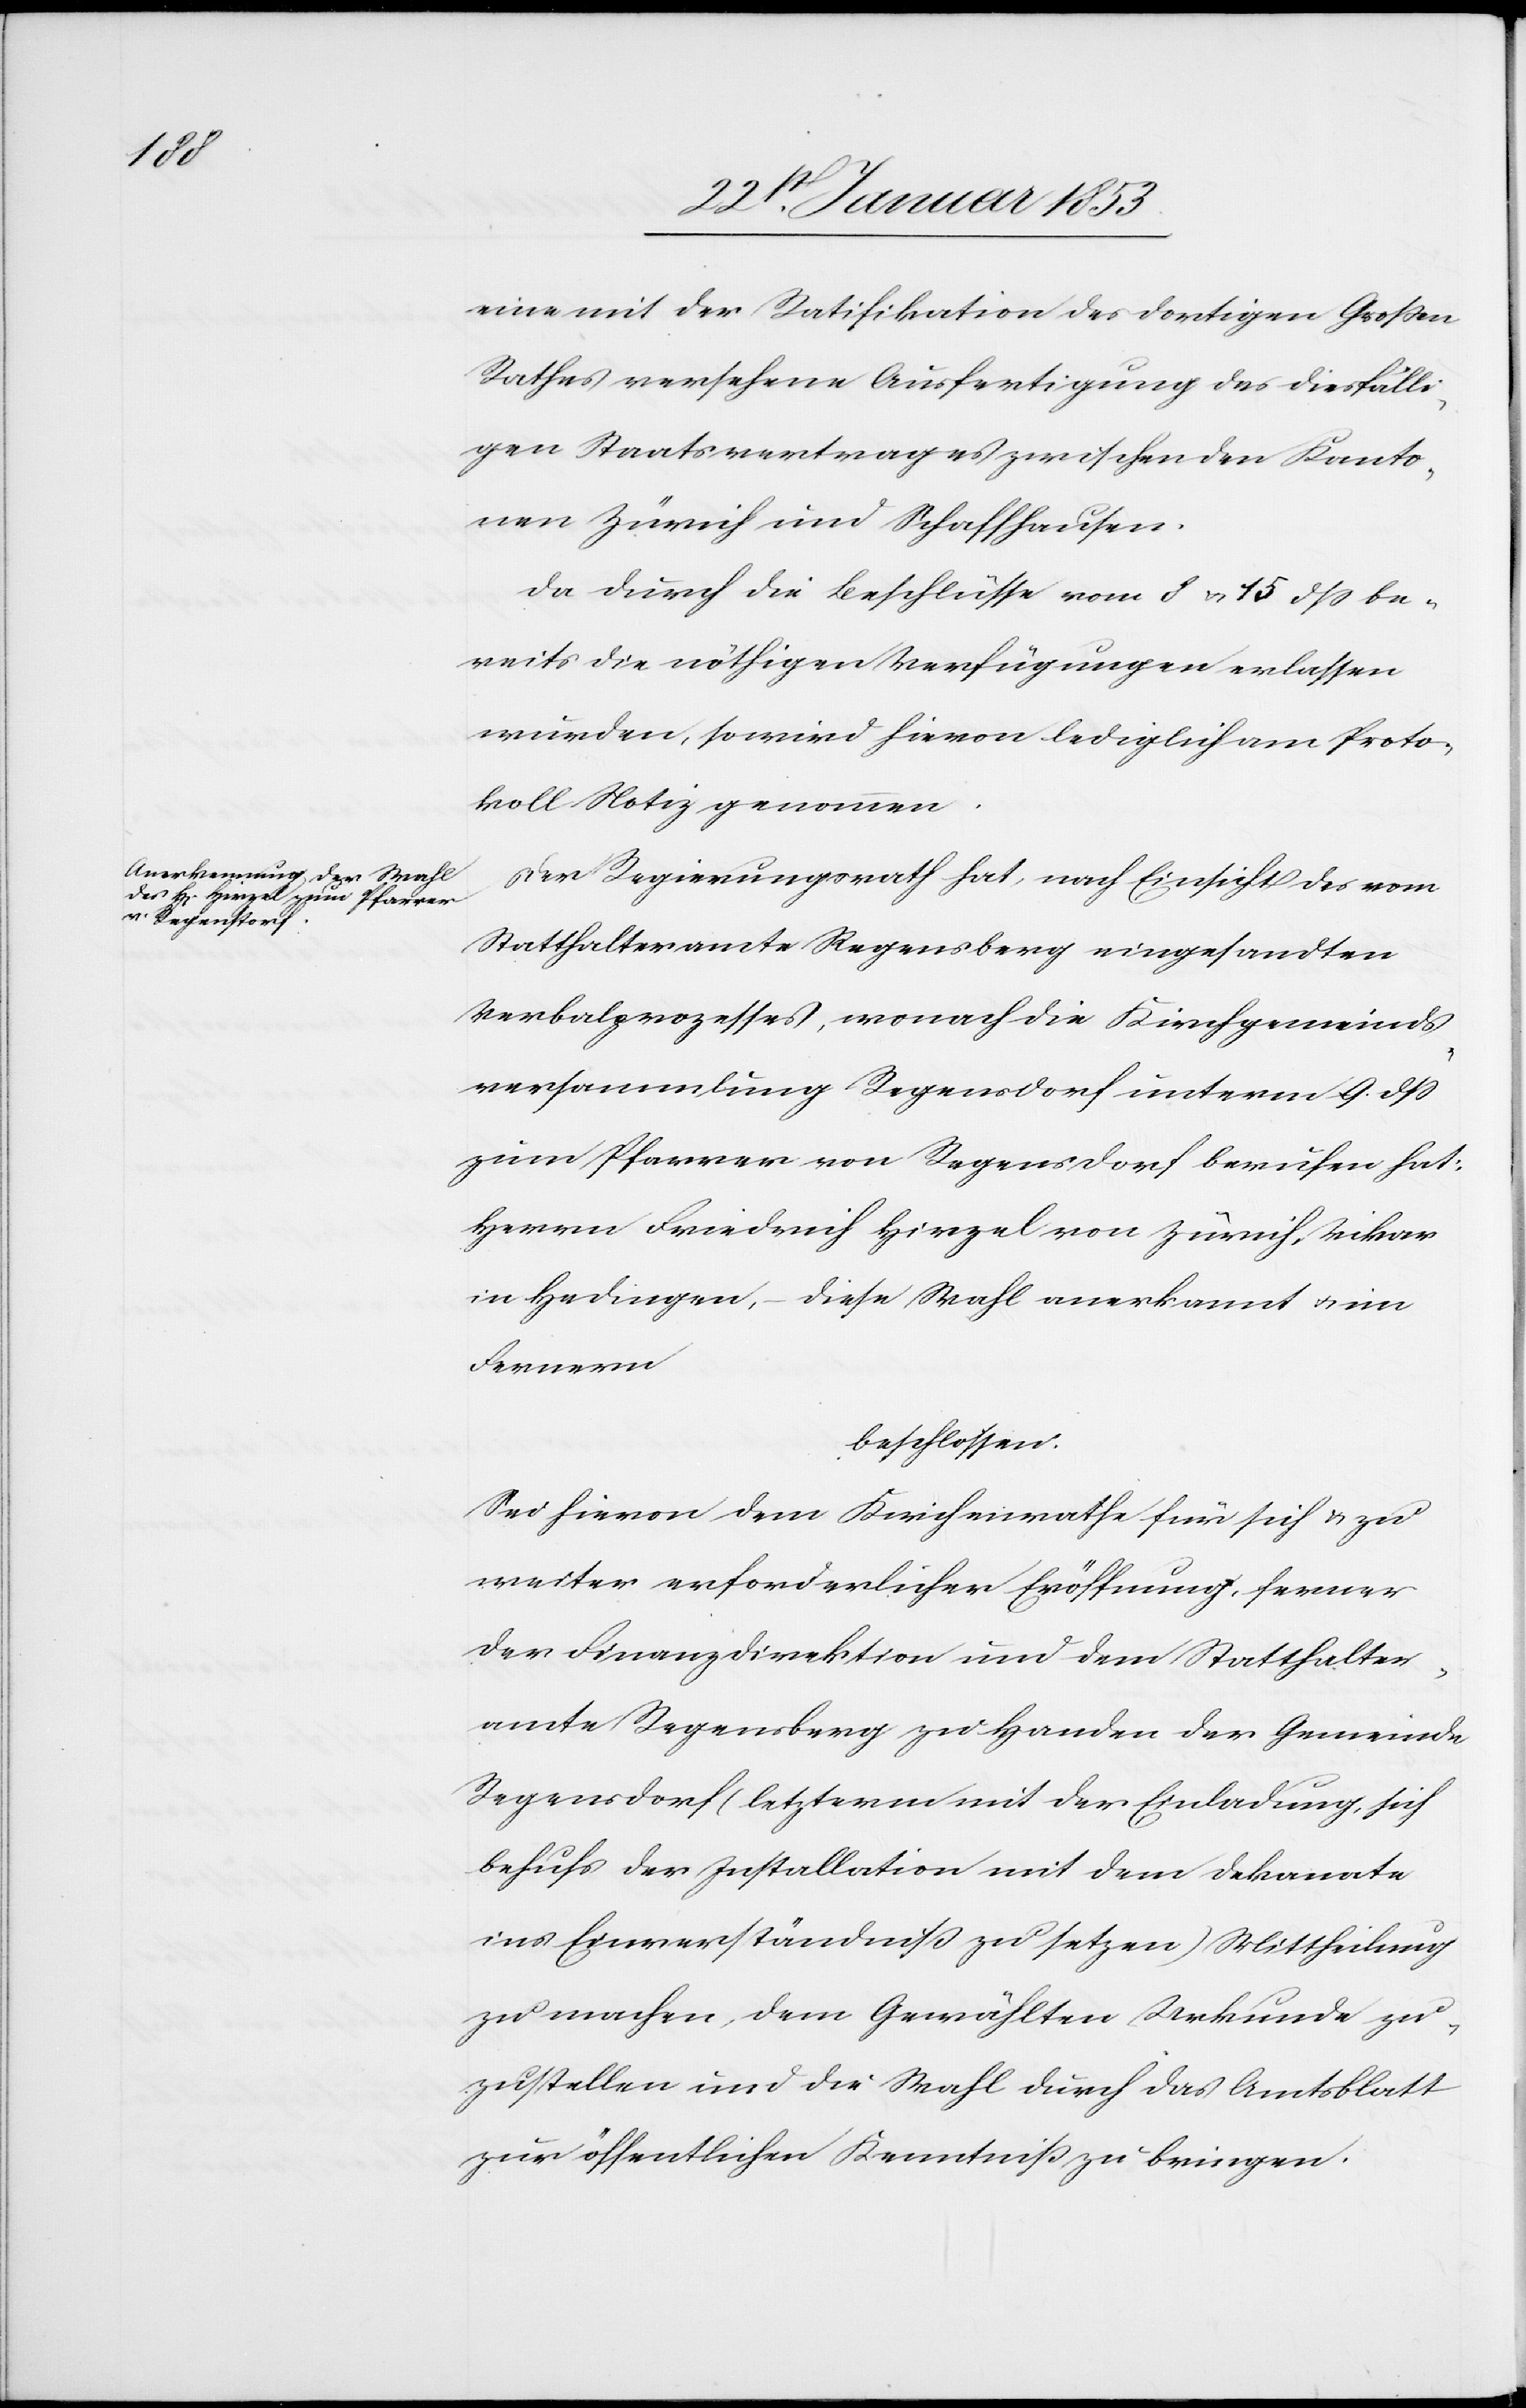
eine mit der Ratifikation des dortigen Großen
Rathes versehene Ausfertigung des diesfälli¬
gen Staatsvertrages zwischen den Kanto¬
nen Zürich und Schaffhausen.
Da durch die Beschlüsse vom 8 u. 15 dß be¬
reits die nöthigen Verfügungen erlassen
wurden, so wird hievon lediglich am Proto¬
koll Notiz genommen.
Der Regierungsrath hat, nach Einsicht des vom
Statthalteramte Regensberg eingesandten
Verbalprozesses, wonach die Kirchgemeinds¬
versammlung Regendorf unterm 9 dß
zum Pfarrer von Regensdorf berufen hat:
Herrn Friedrich Hirzel von Zürich, Vikar
in Hedingen, diese Wahl anerkannt u. im
Fernern
beschlossen.
Sei hievon dem Kirchenrathe für sich u. zu
weiter erforderlicher Eröffnung, ferner
der Finanzdirektion und dem Statthalter¬
amte Regensberg zu Handen der Gemeinde
Regensdorf, (letzterem mit der Einladung, sich
behuf der Installation mit dem Dekanate
ins Einverständniß zu sezten) Mittheilung
zu machen, dem Gewählten Urkunde zu¬
zustellen und die Wahl durch das Amtsblatt
zur öffentlichen Kenntniß zu bringen.